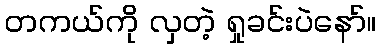
တကယ်ကို လှတဲ့ ရှုခင်းပဲနော်။